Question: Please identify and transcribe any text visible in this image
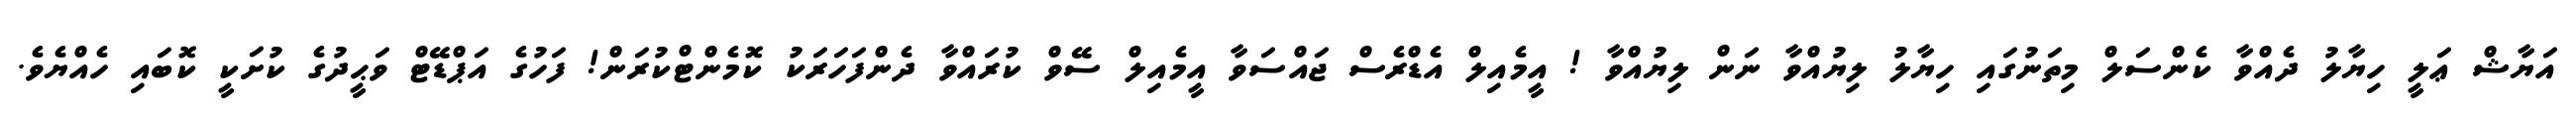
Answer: އަޔާޝް ޢަލީ ހިޔާލު ދެއްވާ ކެންސަލް މިތަނުގައި ހިޔާލު ލިޔުއްވާ ނަން ލިޔުއްވާ ! އީމެއިލް އެޑްރެސް ޖައްސަވާ އީމެއިލް ސޭވް ކުރައްވާ ދެންފަހަރަކު ކޮމެންޓްކުރަން! ފަހުގެ އަޕްޑޭޓް ވަޙީދުގެ ކުށަކީ ކޮބައި ހެއްޔެވެ.